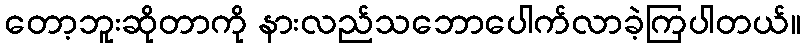
တော့ဘူးဆိုတာကို နားလည်သဘောပေါက်လာခဲ့ကြပါတယ်။